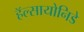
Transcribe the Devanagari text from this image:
हॅल्सायोनिडे